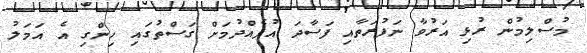
މުސްލިމުން ރުޅި އަރުވާ ނަފުރަތާއި ފަސާދަ އުފެއްދުމަށް ގަސްތުގައި ހިންގި އެ އަމަލު